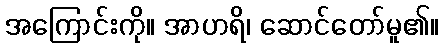
အကြောင်းကို။ အာဟရိ၊ ဆောင်တော်မူ၏။